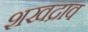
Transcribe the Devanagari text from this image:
शखद्राव